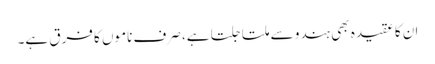
ان کا عقیدہ بھی ہندو سے ملتا جلتا ہے، صرف ناموں کا فرق ہے۔